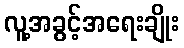
လူ့အခွင့်အရေးချိုး